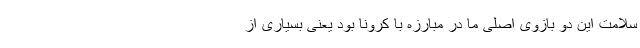
سلامت این دو بازوی اصلی ما در مبارزه با کرونا بود یعنی بسیاری از